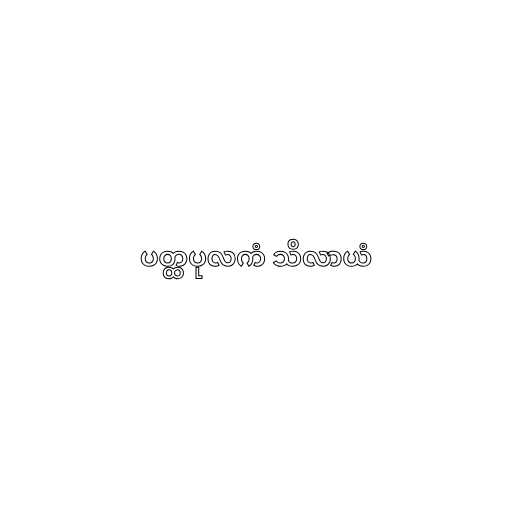
ပတ္ထပုလကံ သိလာယံ